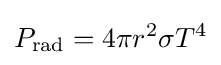
P_{\rm {rad}}=4\pi r^{2}\sigma T^{4}